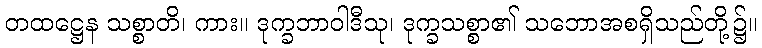
တထဋ္ဌေန သစ္စာတိ၊ ကား။ ဒုက္ခဘာဝါဒီသု၊ ဒုက္ခသစ္စာ၏ သဘောအစရှိသည်တို့၌။